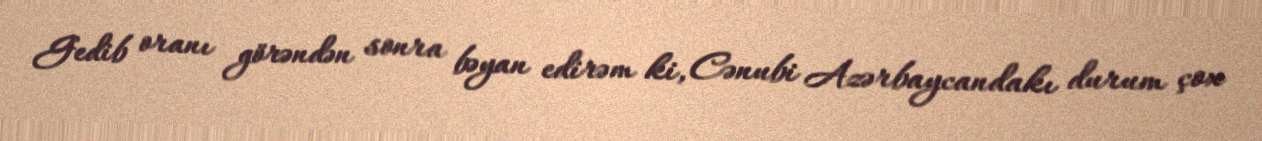
Gedib oranı görəndən sonra bəyan edirəm ki, Cənubi Azərbaycandakı durum çox